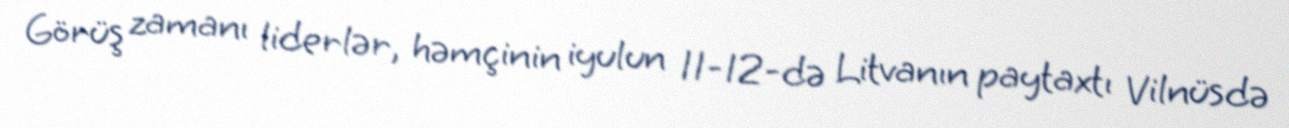
Görüş zamanı liderlər, həmçinin iyulun 11-12-də Litvanın paytaxtı Vilnüsdə